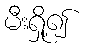
မီးရှို့၍